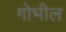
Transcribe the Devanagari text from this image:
गोभील